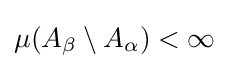
\mu (A_{\beta }\setminus A_{\alpha })<\infty